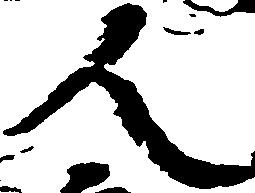
人